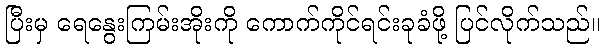
ပြီးမှ ရေနွေးကြမ်းအိုးကို ကောက်ကိုင်ရင်းခုခံဖို့ ပြင်လိုက်သည်။